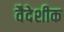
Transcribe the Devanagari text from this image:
वैदेशीक